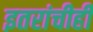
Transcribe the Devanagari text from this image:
इतरांचीही